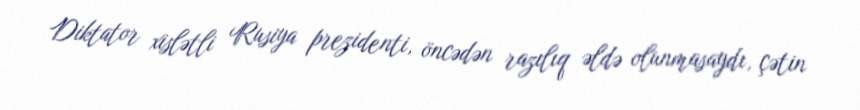
Diktator xislətli Rusiya prezidenti, öncədən razılıq əldə olunmasaydı, çətin